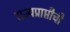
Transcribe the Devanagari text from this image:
राज्यप्राप्तीची